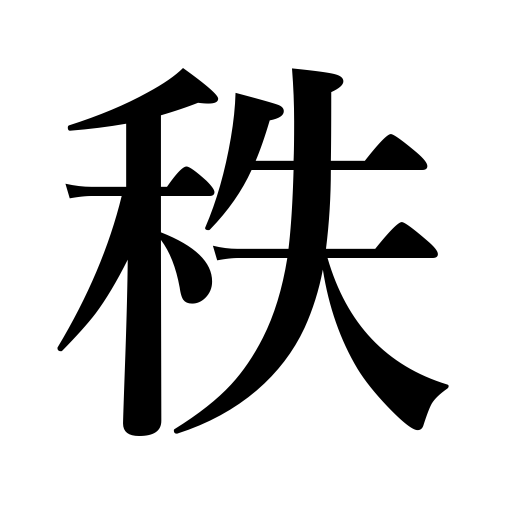
Meanings: salary,order